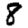
Digit: 8